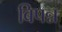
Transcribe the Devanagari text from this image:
बिपन्न